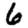
Digit: 6